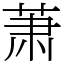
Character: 萧